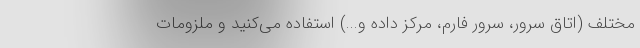
مختلف (اتاق سرور، سرور فارم، مرکز داده و...) استفاده می‌کنید و ملزومات